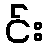
င်း